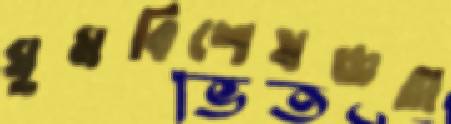
ঘুমবিশেষজ্ঞরা